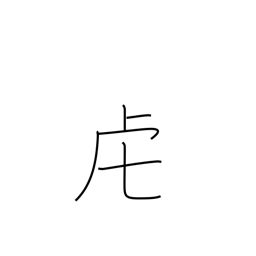
Meaning: tiger or tiger crown radical (no. 141)